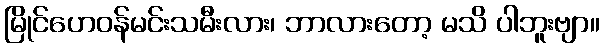
မြိုင်ဟေဝန်မင်းသမီးလား၊ ဘာလားတော့ မသိ ပါဘူးဗျာ။